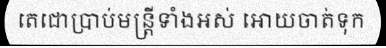
តេជោប្រាប់មន្ត្រីទាំងអស់ អោយចាត់ទុក